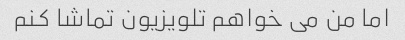
اما من می خواهم تلویزیون تماشا کنم